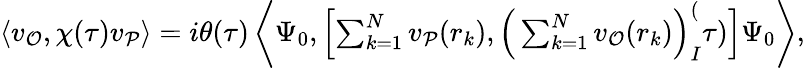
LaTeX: \begin{array}{r}{\langle v_{\mathcal{O}},\chi(\tau)v_{\mathcal{P}}\rangle=i\theta(\tau)\left\langle\Psi_{0},\left[\sum_{k=1}^{N}v_{\mathcal{P}}(r_{k}),\Big(\sum_{k=1}^{N}v_{\mathcal{O}}(r_{k})\Big)_{I}^(\tau)\right]\Psi_{0}\right\rangle,}\end{array}